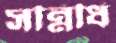
সন্নিধি